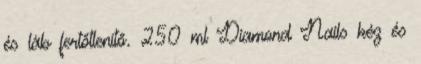
és láb fertőtlenítő. 250 ml Diamond Nails kéz és